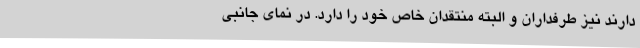
دارند نیز طرفداران و البته منتقدان خاص خود را دارد. در نمای جانبی